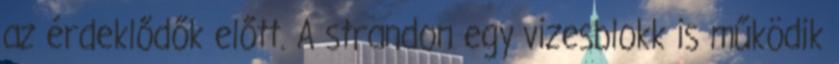
az érdeklődők előtt. A strandon egy vizesblokk is működik